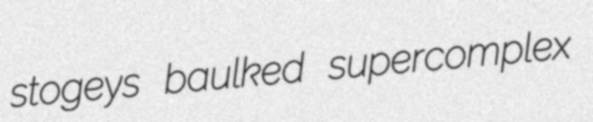
stogeys baulked supercomplex